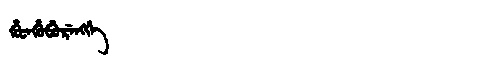
Manchu: ᡥᡠᡨᡥᡠᠪᡠᡵᡝᠩᡤᡝ
Romanization: HUTHUBURENGGE